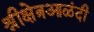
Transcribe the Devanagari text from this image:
श्रीक्षेत्रआळंदी